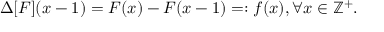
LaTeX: \Delta [ F ] ( x - 1 ) = F ( x ) - F ( x - 1 ) = : f ( x ) , \forall x \in \mathbb { Z } ^ { + } .